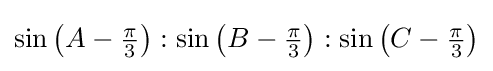
\sin \left(A-{\tfrac {\pi }{3}}\right):\sin \left(B-{\tfrac {\pi }{3}}\right):\sin \left(C-{\tfrac {\pi }{3}}\right)